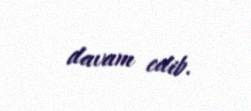
davam edib.